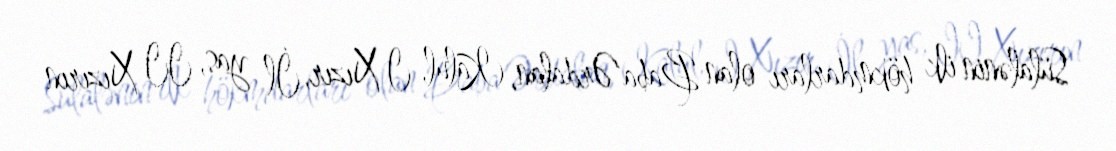
Sülalənin ilk hökmdarları olan Baba Ərdalan, Kalul, I Xızır, İl yas, II Xızırın